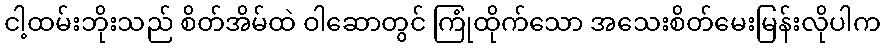
ငါ့ထမ်းဘိုးသည် စိတ်အိမ်ထဲ ဝါဆောတွင် ကြုံထိုက်သော အသေးစိတ်မေးမြန်းလိုပါက